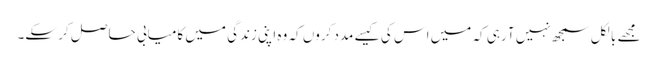
مجھے بالکل سمجھ نہیں آ رہی کہ میں اس کی کیسے مدد کروں کہ وہ اپنی زندگی میں کامیابی حاصل کر سکے۔